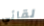
لقائي